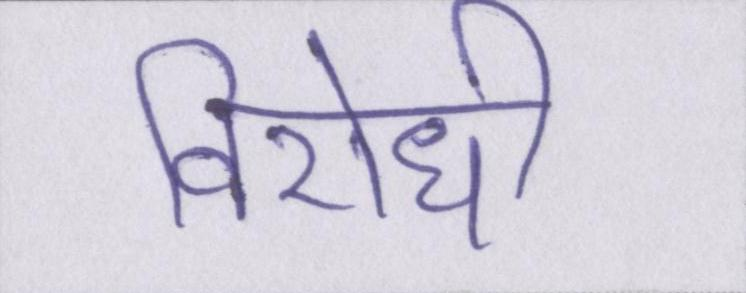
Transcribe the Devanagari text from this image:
विरोधी